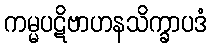
ကမ္မပဋိဗာဟနသိက္ခာပဒံ